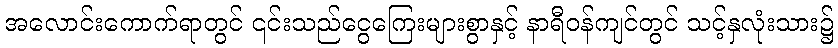
အလောင်းကောက်ရာတွင် ၎င်းသည်ငွေကြေးများစွာနှင့် နာရီဝန်ကျင်တွင် သင့်နှလုံးသား၌